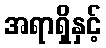
အရာရှိနှင့်